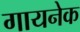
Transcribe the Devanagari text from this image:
गायनेक